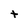
Character: t